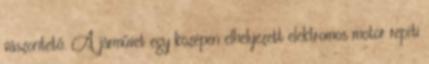
vászontető. A járművet egy középen elhelyezett elektromos motor repíti